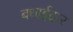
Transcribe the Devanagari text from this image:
बधाईदार